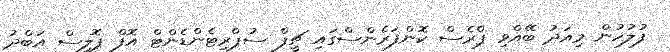
ފުލުހުން މިއަދު ބޭއްވި ޕްރެސް ކޮންފަރެންސްގައި ޗީފް ސުޕްރިޓެންޑެންޓް އޮފް ޕޮލިސް އަބްދު